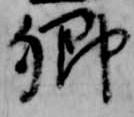
卿